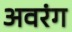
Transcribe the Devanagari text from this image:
अवरंग